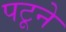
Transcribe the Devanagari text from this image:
पटूने